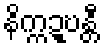
နိက္ကဍ္ဎန္တီ